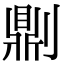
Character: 𠟭